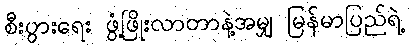
စီးပွားရေး ဖွံ့ဖြိုးလာတာနဲ့အမျှ မြန်မာပြည်ရဲ့